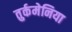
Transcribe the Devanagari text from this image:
तुर्कमेनिया